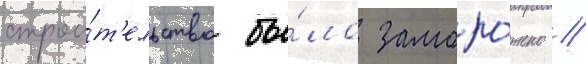
строи́т'ельство бы́ло заморо́жено //